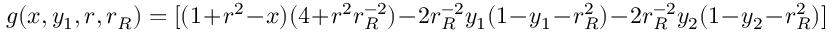
g ( x , y _ { 1 } , r , r _ { R } ) = [ ( 1 + r ^ { 2 } - x ) ( 4 + r ^ { 2 } r _ { R } ^ { - 2 } ) - 2 r _ { R } ^ { - 2 } y _ { 1 } ( 1 - y _ { 1 } - r _ { R } ^ { 2 } ) - 2 r _ { R } ^ { - 2 } y _ { 2 } ( 1 - y _ { 2 } - r _ { R } ^ { 2 } ) ]